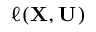
\ensuremath { \ell } ( { \mathbf { { X } } } , { \mathbf { { U } } } )